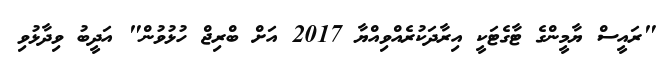
"ރައީސް ޔާމީންގެ ޓާގެޓަކީ އިރާދަކުރެއްވިއްޔާ 2017 އަށް ބްރިޖް ހުޅުވުން" އަދީބު ވިދާޅުވި